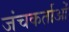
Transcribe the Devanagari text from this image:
जंचकर्ताओं